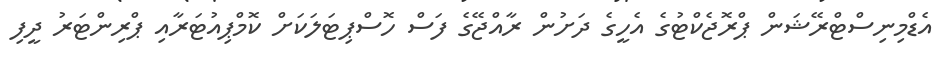
އެޑްމިނިސްޓްރޭޝަން ޕްރޮޖެކްޓުގެ އެހީގެ ދަށުން ރާއްޖޭގެ ފަސް ހޮސްޕިޓަލަކަށް ކޮމްޕިއުޓަރާއި ޕްރިންޓަރު ދީފި